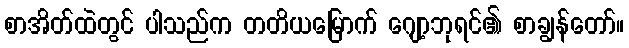
စာအိတ်ထဲတွင် ပါသည်က တတိယမြောက် ဂျော့ဘုရင်၏ စာချွန်တော်။